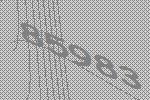
85983